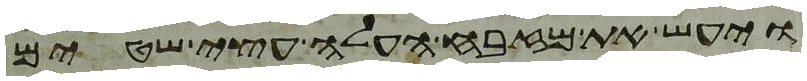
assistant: ויעש את מזבח העלה עצי שטים